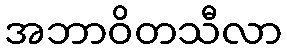
အဘာဝိတသီလာ